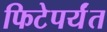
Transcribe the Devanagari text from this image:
फिटेपर्यंत